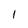
Character: 1